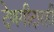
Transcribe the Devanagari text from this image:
देणगीदारही